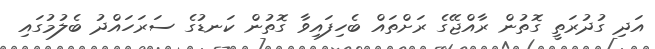
އަދި ގުދުރަތީ ގޮތުން ރާއްޖޭގެ ރަށްތައް ބެހިފައިވާ ގޮތުން ކަނޑުގެ ސަރަހައްދު ބެލުމުގައި